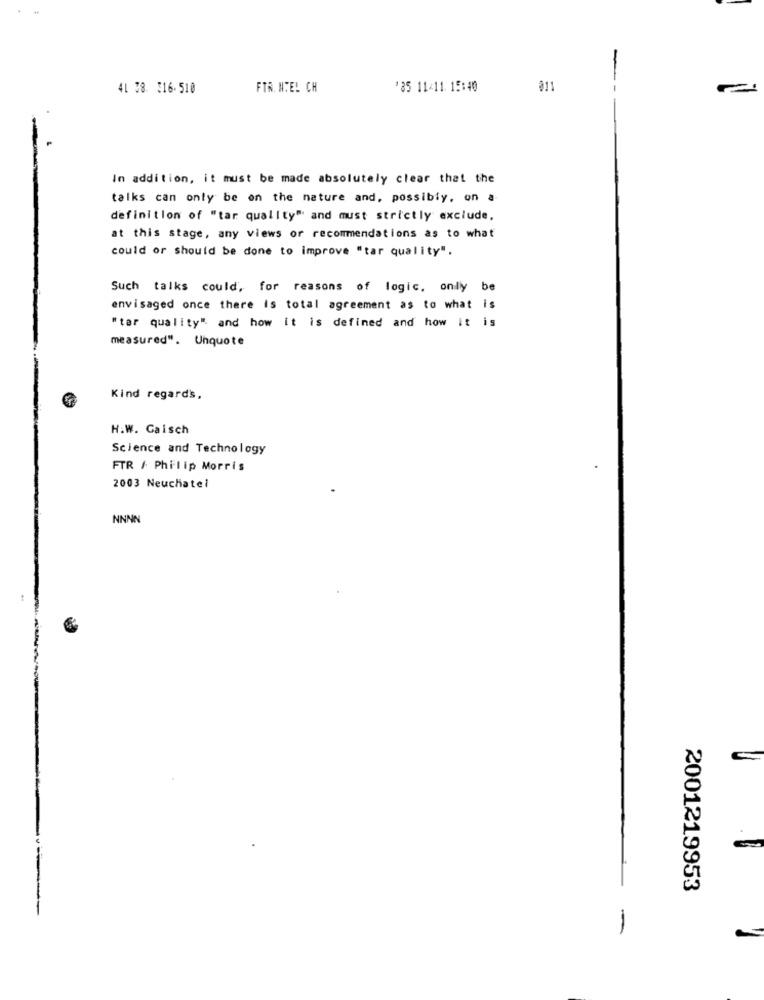
41 38. 316-510
FTR. NTEL CH
'35 11/11 15:40
011
In addition, it must be made absolutely clear that the
talks can only be on the nature and, possibly, on a
definition of "tar quality" and must strictly exclude.
at this stage, any views or recommendations as to what
could or should be done to improve "tar quality".
Such talks could, for reasons of logic, only be
envisaged once there is total agreement as to what is
"tar quality" and how it is defined and how it is
measured". Unquote
Kind regards,
H.W. Gaisch
Science and Technology
FTR / Philip Morris
2003 Neuchatel
NNNN
2001219953